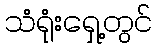
သံရုံးရှေ့တွင်